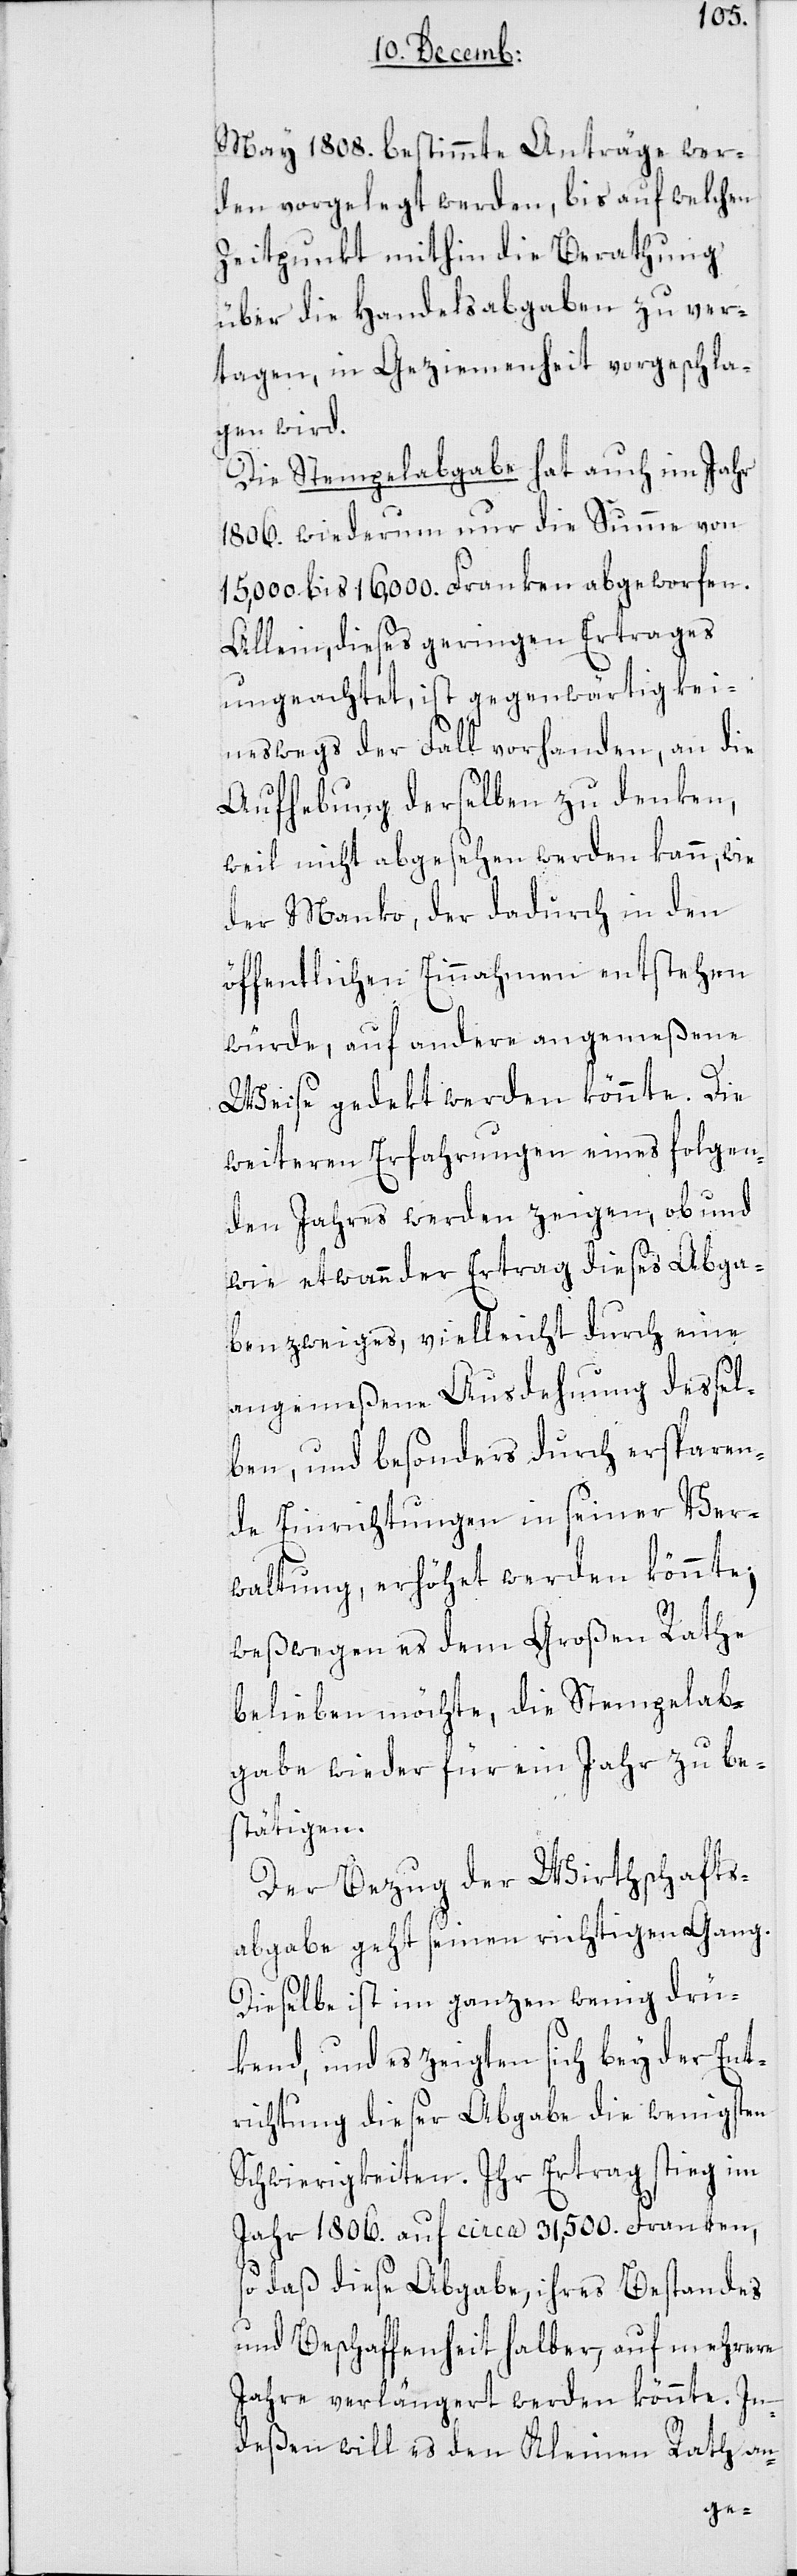
May 1808. bestimmte Anträge wer¬
den vorgelegt werden, bis auf welchen
Zeitpunkt mithin die Berathung
über die Handelsabgaben zu ver¬
tagen, in Geziemenheit vorgeschla¬
gen wird.
Die Stempelabgabe hat auch im Jahr
1806. wiederum nur die Summe von
15,000 bis 16,000 Franken abgeworfen.
Allein, dieses geringen Ertrages
ungeachtet, ist gegenwärtig kei¬
neswegs der Fall vorhanden, an die
Aufhebung derselben zu denken,
weil nicht abgesehen werden kann, wie
der Manko, der dadurch in den
öffentlichen Einnahmen entstehen
würde, auf andere angemeßene
Weise gedekt werden könnte. Die
weiteren Erfahrungen eines folgen¬
den Jahres werden zeigen, ob und
wie etwann der Ertrag dieses Abga¬
benzweiges, vielleicht durch eine
angemeßene Ausdehnung dessel¬
ben, und besonders durch erparen¬
de Einrichtungen in seiner Ver¬
waltung, erhöhet werden könnte,
weßwegen es dem Großen Rathe
belieben möchte, die Stempelab¬
gaben wieder für ein Jahr zu be¬
stätigen.
Der Bezug der Wirthschafts¬
abgabe geht seinen richtigen Gang.
Dieselbe ist im Ganzen wenig drü¬
kend, und es zeigten sich bey der Ent¬
richtung dießer Abgabe die wenigsten
Schwierigkeiten. Ihr Ertrag stieg im
Jahr 1806. auf circa 31,500. Franken,
so daß diese Abgabe ihres Bestandes
und Beschaffenheit halber, auf mehrere
Jahre verlängert werden könnte. In¬
deßen will es den Kleinen Rath an-